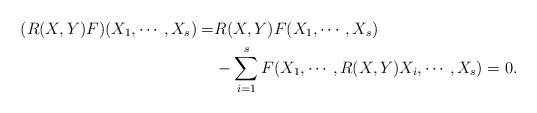
LaTeX: \begin{align*}(R(X,Y)F)(X_1,\cdots,X_s)=&R(X,Y)F(X_1,\cdots,X_s)\\&-\sum_{i=1}^sF(X_1,\cdots,R(X,Y)X_i,\cdots,X_s)=0.\end{align*}